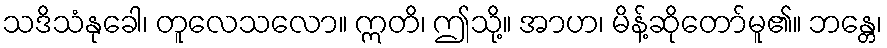
သဒိသံနုခေါ၊ တူလေသလော။ ဣတိ၊ ဤသို့။ အာဟ၊ မိန့်ဆိုတော်မူ၏။ ဘန္တေ၊